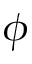
\phi